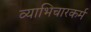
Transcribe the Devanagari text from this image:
व्याभिचारकर्म